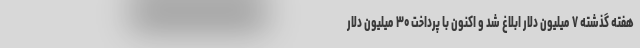
هفته گذشته ۷ میلیون دلار ابلاغ شد و اکنون با پرداخت ۳۰ میلیون دلار